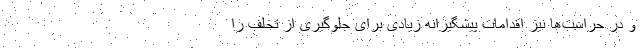
و در حراست‌ها نیز اقدامات پیشگیرانه زیادی برای جلوگیری از تخلف را